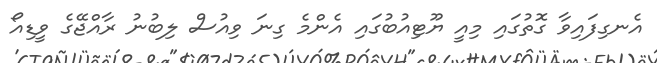
އެނގިފައިވާ ގޮތުގައި މިއީ ޔޫޓިއުބުގައި އެންމެ ގިނަ ވިއުސް ލިބުނު ރާއްޖޭގެ ވީޑިއޯ